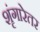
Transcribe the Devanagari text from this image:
शृंगारेतर